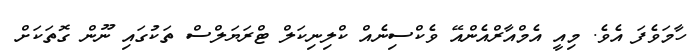
ހާމަވެފަ އެވެ. މިއީ އެމްއާރްއެންއޭ ވެކްސިނެއް ކްލިނިކަލް ޓްރަޔަލްސް ތަކުގައި ނޫން ގޮތަކަށް